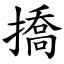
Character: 撟